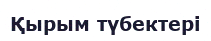
Қырым түбектері